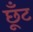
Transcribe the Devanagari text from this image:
छूँट